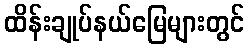
ထိန်းချုပ်နယ်မြေများတွင်